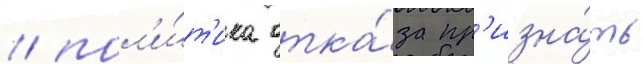
/ пол'и́т'ика отка́за пр'изна́ть